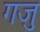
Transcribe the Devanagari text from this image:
गजु